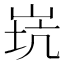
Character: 𡷲